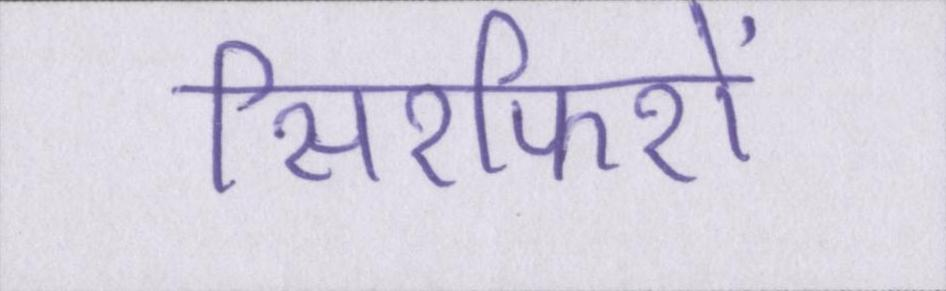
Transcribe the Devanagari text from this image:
सिरफिरों